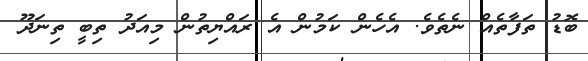
ބޮޑު ތަފާތެއް ނެތެވެ. އެހެން ކަމުން އެ ރައްޔިތުން މިއަދު ތިބީ ތިނަދޫ